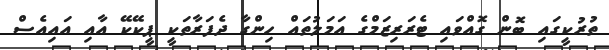
ތުރުކީގައި ބޮން ގޮއްވައި ޓެރަރިޒަމްގެ އަމަލުތައް ހިންގާ ދެފަރާތަކީ ޕީކޭކޭ އާއި އައިއެސް